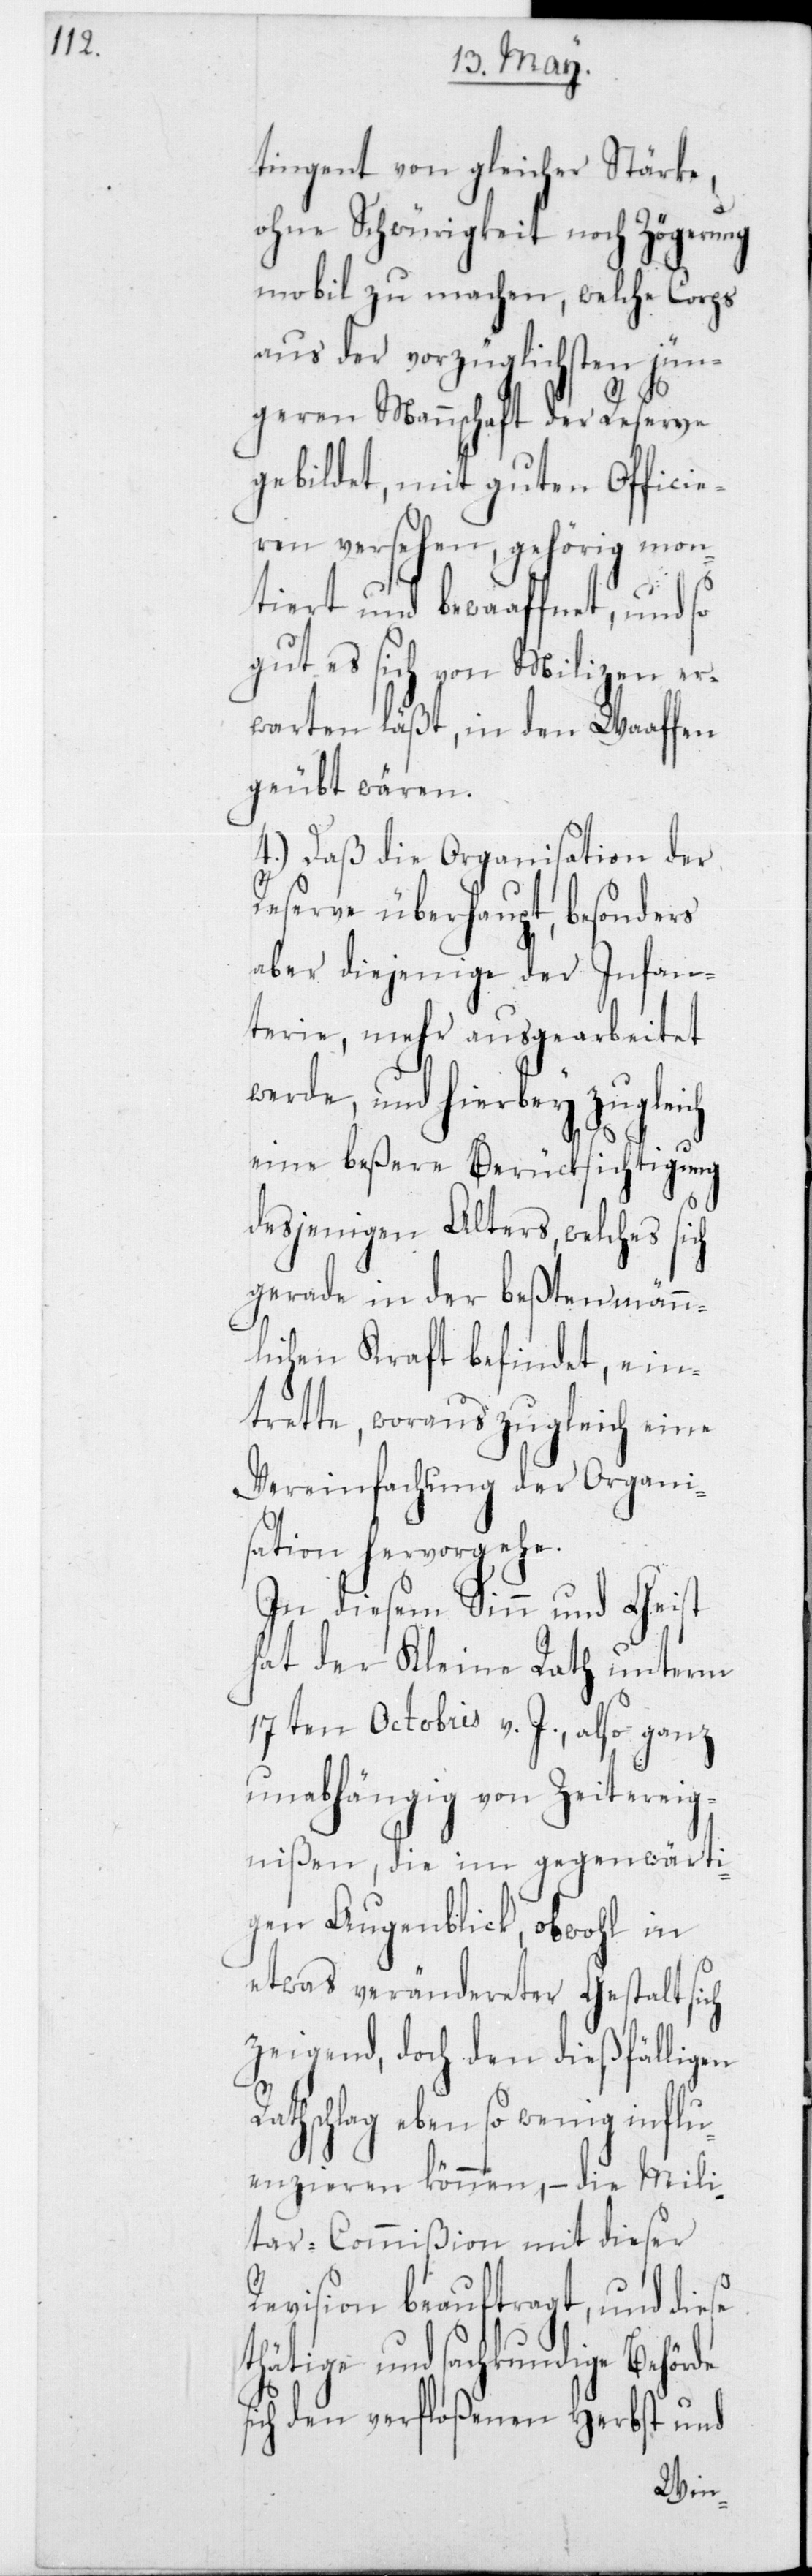
R¬

tingent von gleicher Stärke,
ohne Schwürigkeit noch Zögerung
mobil zu machen, welche Corps
aus der vorzüglichsten jün¬
geren Mannschaft der Reserve
gebildet, mit guten Officie¬
ren versehen, gehörig mon¬
tiert und bewaaffnet, und so
gut es sich von Milizen er¬
warten läßt, in den Waaffen
geubt wären.
4.) Daß die Organisation der
Reserve überhaupt, besonders
aber diejenige der Infan¬
terie, mehr ausgearbeitet
werde, und hierbey zugleich
eine beßere Berücksichtigung
desjenigen Alters, welches
gerade in der beßten männ¬
lichen Kraft befindet, ein¬
trette, woraus zugleich eine
Vereinfachung der Organi¬
sation hervorgehe.
In diesem Sinn und Geist
hat der Kleine Rath unterm
17ten Octobris v. J., also ganz
unabhängig von Zeitereig¬
nißen, die im gegenwärti¬
gen Augenblick, obwohl in
etwas verändereter Gestalt sich
zeigend, doch den dießfälligen
athschlag eben so wenig influ¬
enzieren können, – die Mili¬
tar-Commißion mit dieser
Revision beauftragt, und diese
thätige und sachkundige Behörde
sich den verfloßenen Herbst und